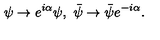
\psi \rightarrow e ^ { i \alpha } \psi , \ \bar { \psi } \rightarrow \bar { \psi } e ^ { - i \alpha } .